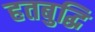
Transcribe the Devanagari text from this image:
हतबुद्धि